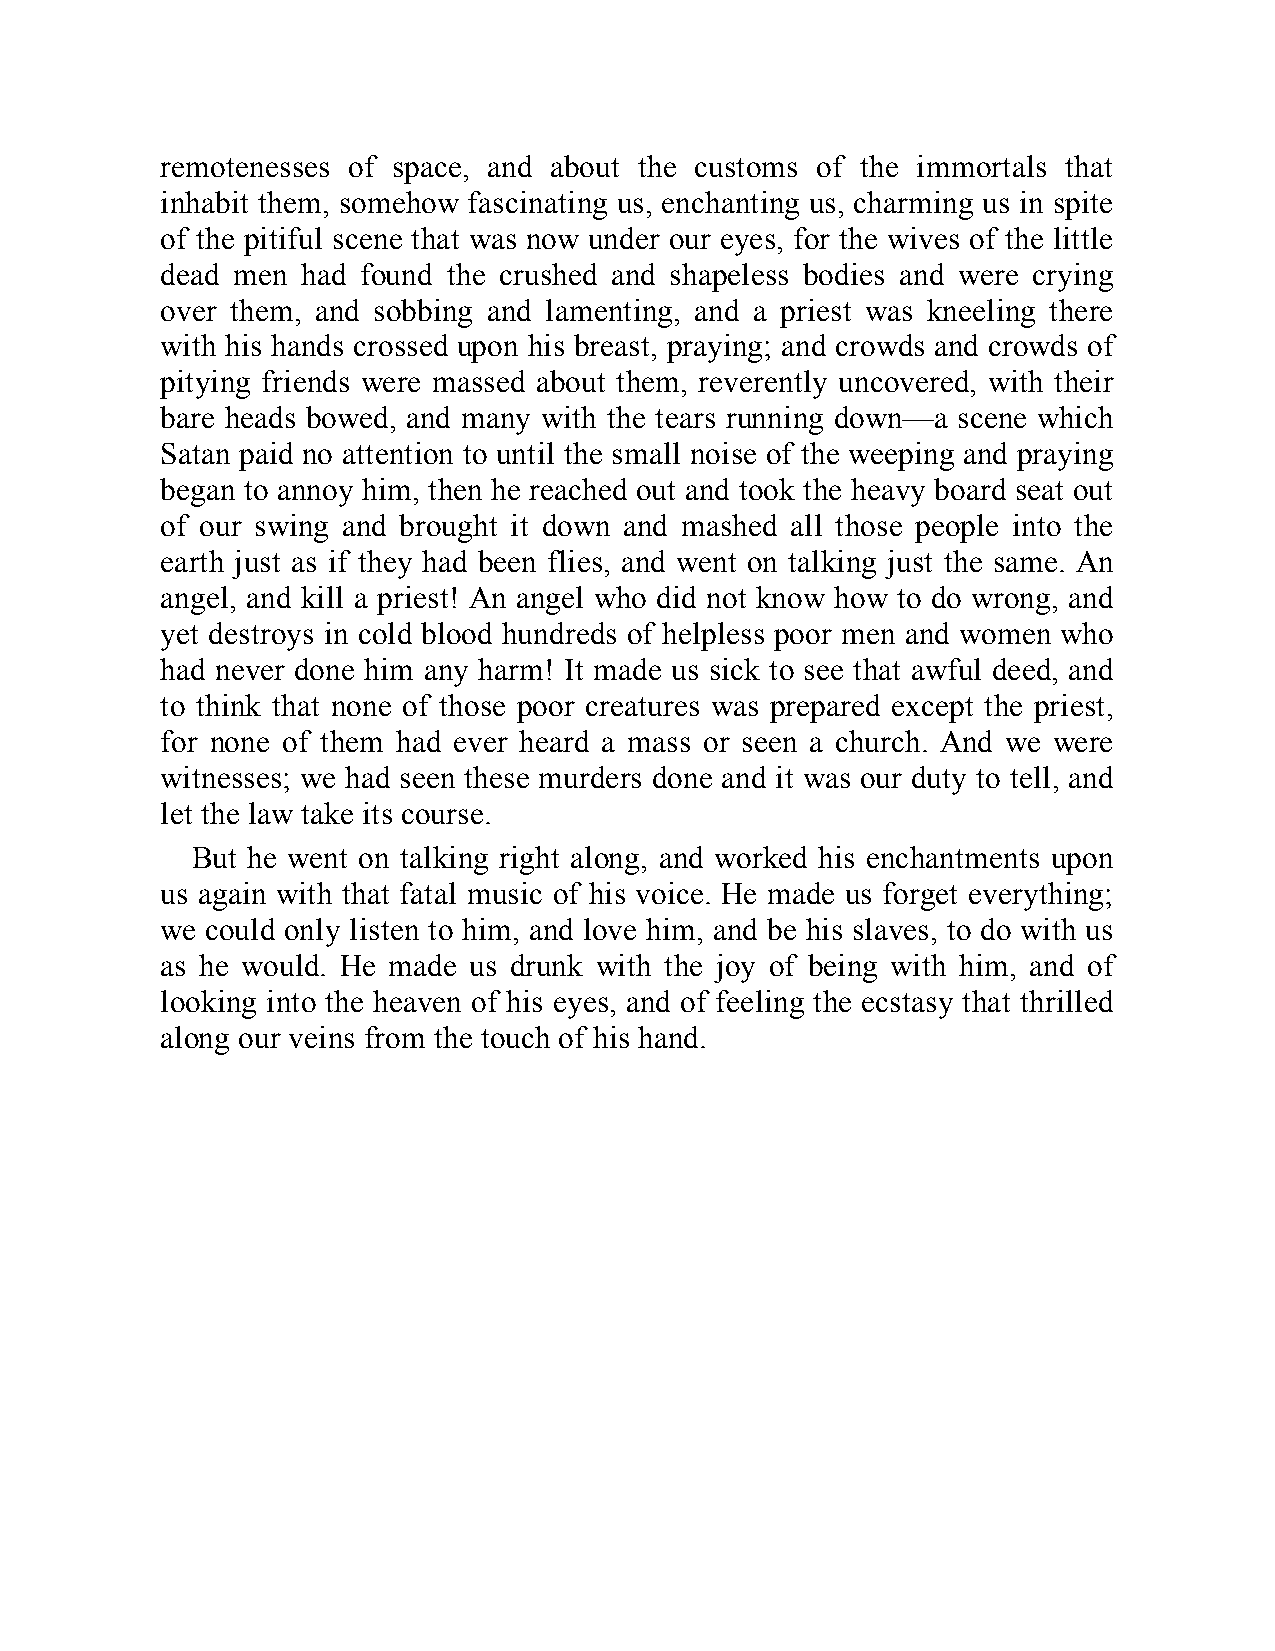
remotenesses of space, and about the customs of the immortals that
 inhabit them, somehow fascinating us, enchanting us, charming us in spite
 of the pitiful scene that was now under our eyes, for the wives of the little
 dead men had found the crushed and shapeless bodies and were crying
 over them, and sobbing and lamenting, and a priest was kneeling there
 with his hands crossed upon his breast, praying; and crowds and crowds of
 pitying friends were massed about them, reverently uncovered, with their
 bare heads bowed, and many with the tears running down—a scene which
 Satan paid no attention to until the small noise of the weeping and praying
 began to annoy him, then he reached out and took the heavy board seat out
 of our swing and brought it down and mashed all those people into the
 earth just as if they had been flies, and went on talking just the same. An
 angel, and kill a priest! An angel who did not know how to do wrong, and
 yet destroys in cold blood hundreds of helpless poor men and women who
 had never done him any harm! It made us sick to see that awful deed, and
 to think that none of those poor creatures was prepared except the priest,
 for none of them had ever heard a mass or seen a church. And we were
 witnesses; we had seen these murders done and it was our duty to tell, and
 let the law take its course.
 But he went on talking right along, and worked his enchantments upon
 us again with that fatal music of his voice. He made us forget everything;
 we could only listen to him, and love him, and be his slaves, to do with us
 as he would. He made us drunk with the joy of being with him, and of
 looking into the heaven of his eyes, and of feeling the ecstasy that thrilled
 along our veins from the touch of his hand.